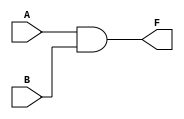
//SIMPLE GATES

`timescale 1ns/1ps

//AND GATE

module AND(

    output wire F,
    input wire A, B

    );

    wire X;

    nand nand_gate1(X, A, B);

    nand nand_gate2(F, X, X);

endmodule

//OR GATE

module OR(
    
    output wire F,
    input wire A,B
    
    );

    wire X;
    wire Y;

    nand nand_gate1(X, A, A);

    nand nand_gate2(Y, B, B);

    nand nand_gate3(F, X, Y);

endmodule

//XOR GATE

module XOR(

    output wire F,
    input wire A, B
    
    );

    wire X;
    wire Y;
    wire Z;

    nand nand_gate1(X, A, B);

    nand nand_gate2(Y, A, X);

    nand nand_gate3(Z, B, X);

    nand nand_gate4(F, Y, Z);

endmodule

//NOT GATE

module NOT(
    
    output wire F,
    input wire A

    );

    nand nand_gate1 (F, A, A);

endmodule

//8 BIT GATES

//AND GATE

module AND8 (
    
    output wire [7:0] F,
    input wire [7:0] A, B
    
    );

    AND AND0 (F[0], A[0], B[0]);
    AND AND1 (F[1], A[1], B[1]);
    AND AND2 (F[2], A[2], B[2]);
    AND AND3 (F[3], A[3], B[3]);
    AND AND4 (F[4], A[4], B[4]);
    AND AND5 (F[5], A[5], B[5]);
    AND AND6 (F[6], A[6], B[6]);
    AND AND7 (F[7], A[7], B[7]);

endmodule

//OR GATE

module OR8 (
    
    output wire [7:0] F,
    input wire [7:0] A, B
    
    );

    OR OR0 (F[0], A[0], B[0]);
    OR OR1 (F[1], A[1], B[1]);
    OR OR2 (F[2], A[2], B[2]);
    OR OR3 (F[3], A[3], B[3]);
    OR OR4 (F[4], A[4], B[4]);
    OR OR5 (F[5], A[5], B[5]);
    OR OR6 (F[6], A[6], B[6]);
    OR OR7 (F[7], A[7], B[7]);
    
endmodule

//XOR GATE

module XOR8 (
    
    output wire [7:0] F,
    input wire [7:0] A, B
    
    );

    XOR XOR0 (F[0], A[0], B[0]);
    XOR XOR1 (F[1], A[1], B[1]);
    XOR XOR2 (F[2], A[2], B[2]);
    XOR XOR3 (F[3], A[3], B[3]);
    XOR XOR4 (F[4], A[4], B[4]);
    XOR XOR5 (F[5], A[5], B[5]);
    XOR XOR6 (F[6], A[6], B[6]);
    XOR XOR7 (F[7], A[7], B[7]);

endmodule

//NOT GATE

module NOT8 (
    
    output wire [7:0] F,
    input wire [7:0] A
    
    );

   NOT NOT0 (F[0], A[0]);
   NOT NOT1 (F[1], A[1]);
   NOT NOT2 (F[2], A[2]);
   NOT NOT3 (F[3], A[3]);
   NOT NOT4 (F[4], A[4]);
   NOT NOT5 (F[5], A[5]);
   NOT NOT6 (F[6], A[6]);
   NOT NOT7 (F[7], A[7]);

endmodule